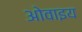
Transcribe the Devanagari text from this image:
ओवाइय